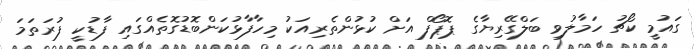
ގައުމީ ކޯޗު ހަމާލުވި ބަލްގޭރިޔާގެ ޕޮޕޯފް އަށް ކުޅުންތެރިއަކު މިހާފާޅުކަންބޮޑުގޮތެއްގައި ފާޑުކީ ފުރަތަމަ